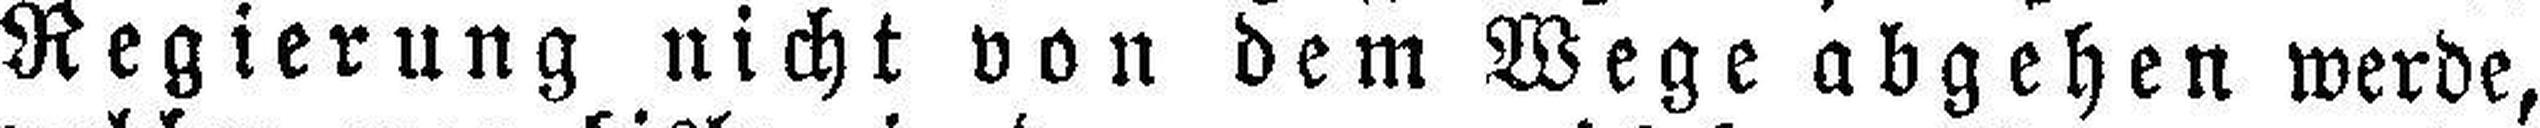
Regierung nicht von dem Wege abgehen werde,